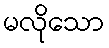
မလိုသော